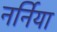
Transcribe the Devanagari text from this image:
नर्निया